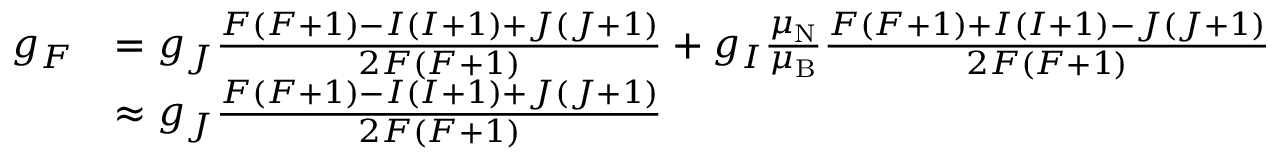
{ \begin{array} { r l } { g _ { F } } & { = g _ { J } { \frac { F ( F + 1 ) - I ( I + 1 ) + J ( J + 1 ) } { 2 F ( F + 1 ) } } + g _ { I } { \frac { \mu _ { \mathrm { N } } } { \mu _ { \mathrm { B } } } } { \frac { F ( F + 1 ) + I ( I + 1 ) - J ( J + 1 ) } { 2 F ( F + 1 ) } } } \\ & { \approx g _ { J } { \frac { F ( F + 1 ) - I ( I + 1 ) + J ( J + 1 ) } { 2 F ( F + 1 ) } } } \end{array} }